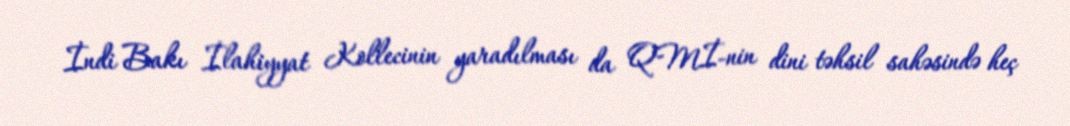
İndi Bakı İlahiyyat Kollecinin yaradılması da QMİ-nin dini təhsil sahəsində heç